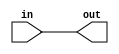
module initalize_12(out, in);
	output[11:0] out;
	input[11:0] in;
	
	genvar i;
	generate
		for(i=0; i<12; i = i+1) begin : initiali
			and ai(out[i], in[i], 1'b1);
		end
	endgenerate 
	
endmodule